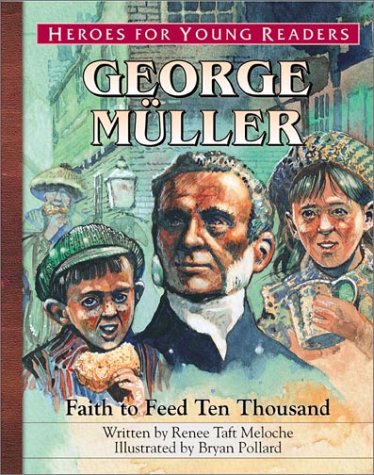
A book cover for George Mueller: Faith to Feed Ten Thousand (Heroes for Young Readers); Renee Meloche; Children's Books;